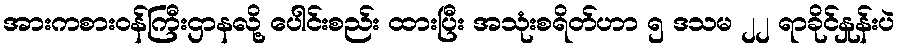
အားကစားဝန်ကြီးဌာနလို့ ပေါင်းစည်း ထားပြီး အသုံးစရိတ်ဟာ ၅ ဒသမ ၂၂ ရာခိုင်နှုန်းပဲ